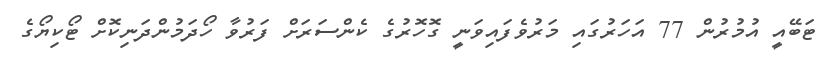
ޓަބޭއީ އުމުރުން 77 އަހަރުގައި މަރުވެފައިވަނީ ގޮހޮރުގެ ކެންސަރަށް ފަރުވާ ހޯދަމުންދަނިކޮށް ޓޯކިޔޯގެ